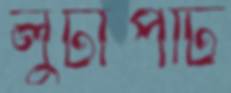
লুটাপাট